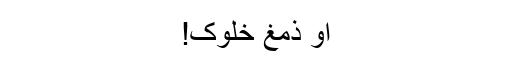
او ذمغ خلوک!